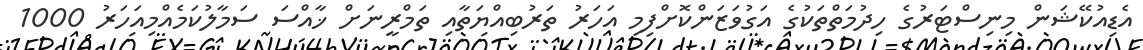
އެޑިއުކޭޝަން މިނިސްޓަރުގެ ހިދުމަތްތަކުގެ އަގުވަޒަންކޮށްފިމި އަހަރު ތަރުބިއްޔަތާއި ތަމްރީނަށް ޚާއްސަ ސަމާލުކަމެއްމިއަހަރު 1000